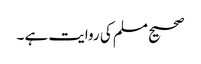
صحیح مسلم کی روایت ہے ۔